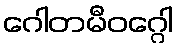
ဂေါတမီဝဂ္ဂေါ